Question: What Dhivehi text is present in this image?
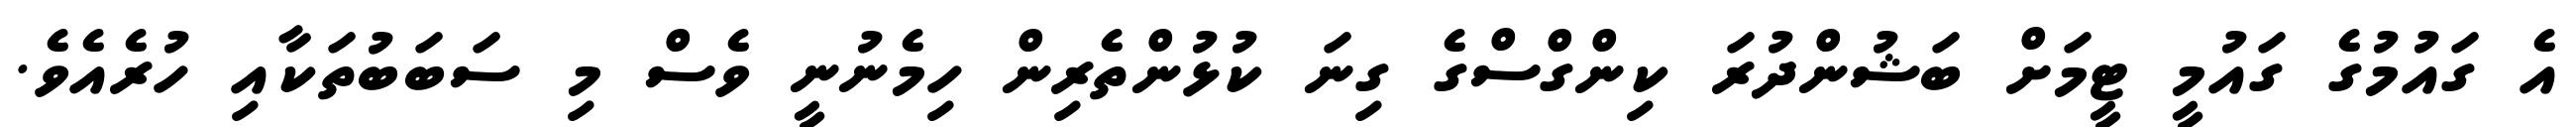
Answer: އެ ގައުމުގެ ގައުމީ ޓީމަށް ބަޝުންދުރަ ކިންގްސްގެ ގިނަ ކުޅުންތެރިން ހިމެނުނީ ވެސް މި ސަބަބުތަކާއި ހުރެއެވެ.